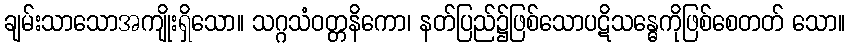
ချမ်းသာသောအကျိုးရှိသော။ သဂ္ဂသံဝတ္တနိကော၊ နတ်ပြည်၌ဖြစ်သောပဋိသန္ဓေကိုဖြစ်စေတတ် သော။